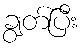
ချွတ်ပြီး